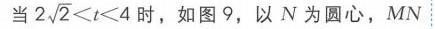
当 \(2\sqrt{2}<t<4\) 时，如图 9，以 \(N\) 为圆心，\(MN\)